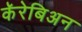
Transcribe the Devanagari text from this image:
कॅरेबिअन